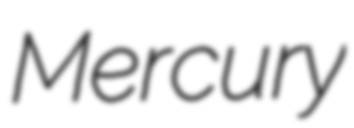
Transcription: Mercury